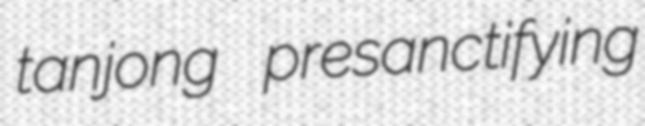
tanjong presanctifying